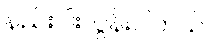
နည်းပါးလွန်းပါတယ်။